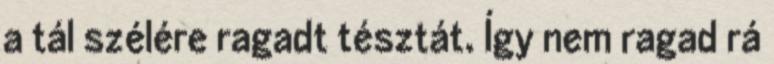
a tál szélére ragadt tésztát. Így nem ragad rá